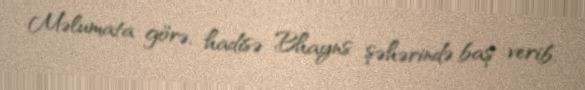
Məlumata görə, hadisə Bhayns şəhərində baş verib.